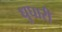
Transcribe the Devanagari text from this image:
धुघारी